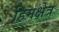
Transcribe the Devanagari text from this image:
हिमक्षेत्र